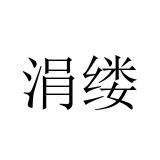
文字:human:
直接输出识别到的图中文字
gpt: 涓缕